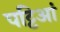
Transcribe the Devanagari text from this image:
पट्टिआं